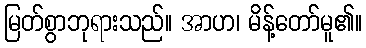
မြတ်စွာဘုရားသည်။ အာဟ၊ မိန့်တော်မူ၏။